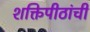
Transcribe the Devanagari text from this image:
शक्तिपीठांची